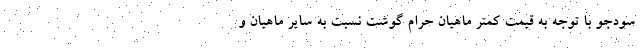
سودجو با توجه به قیمت کمتر ماهیان حرام گوشت نسبت به سایر ماهیان و